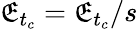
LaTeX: \mathfrak{E}_{t_{c}}=\mathfrak{E}_{t_{c}}/s